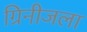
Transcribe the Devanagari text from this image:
ग्रिनीजला